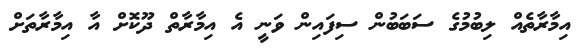
އިމާރާތެއް ލިބުމުގެ ސަބަބުން ސިފައިން ވަނީ އެ އިމާރާތް ދޫކޮށް އާ އިމާރާތަށް